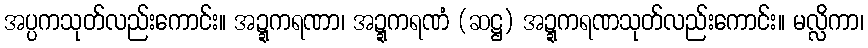
အပ္ပကသုတ်လည်းကောင်း။ အဍ္ဍကရဏာ၊ အဍ္ဍကရဏံ (ဆဋ္ဌ) အဍ္ဍကရဏသုတ်လည်းကောင်း။ မလ္လိကာ၊